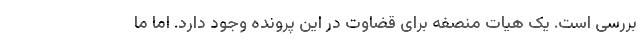
بررسی است. یک هیات منصفه برای قضاوت در این پرونده وجود دارد. اما ما